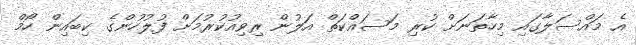
އެ މައްސަލާގައި މިހާތަނަށް ކުރި މަަސައްކަތް އަލުން ރިވިއުކުރުމަށް ފުލުހުންގެ ކިބައިން ހޯމް